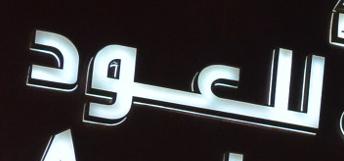
للعود